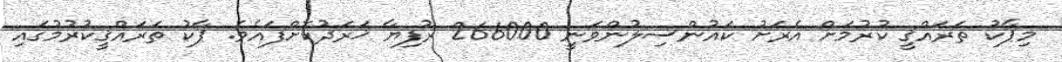
މިޕާކު ތަރައްޤީ ކުރުމަށް އެރަށު ކައުންސިލުންވަނީ 266000 ރުފިޔާ ޚަރަދުކޮށްފައެވެ. ޕާކު ތަރައްޤީކުރުމުގައި